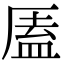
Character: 㕎